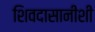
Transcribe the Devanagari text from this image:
शिवदासानीशी